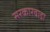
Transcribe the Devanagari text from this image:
सरकारवाडा